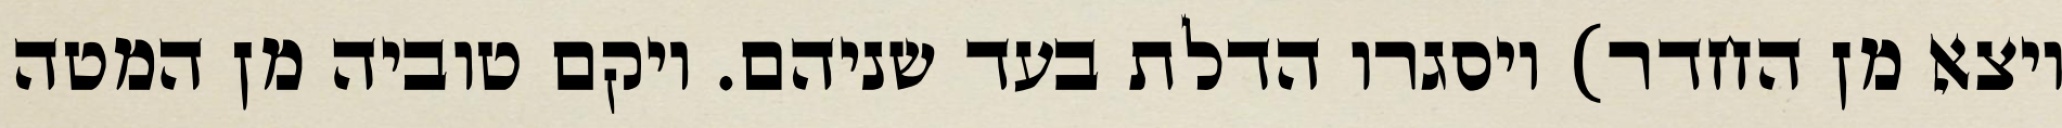
ויצא מן החדר) ויסגרו הדלת בעד שניהם. ויקם טוביה מן המטה